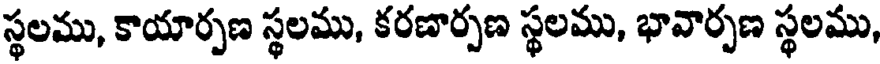
స్థలము, కాయార్పణ స్థలము, కరణార్పణ స్థలము, భావార్పణ స్థలము,